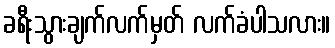
ခရီးသွားချက်လက်မှတ် လက်ခံပါသလား။